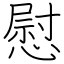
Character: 慰